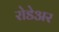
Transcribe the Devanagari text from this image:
रोडेअर